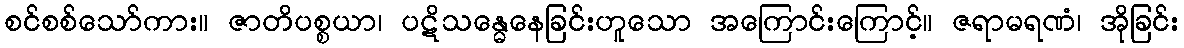
စင်စစ်သော်ကား။ ဇာတိပစ္စယာ၊ ပဋိသန္ဓေနေခြင်းဟူသော အကြောင်းကြောင့်။ ဇရာမရဏံ၊ အိုခြင်း